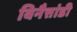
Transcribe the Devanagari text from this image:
विनैत्तांडी